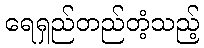
ရေရှည်တည်တံ့သည့်